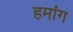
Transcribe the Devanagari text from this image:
हमांग